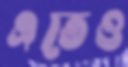
এতেও